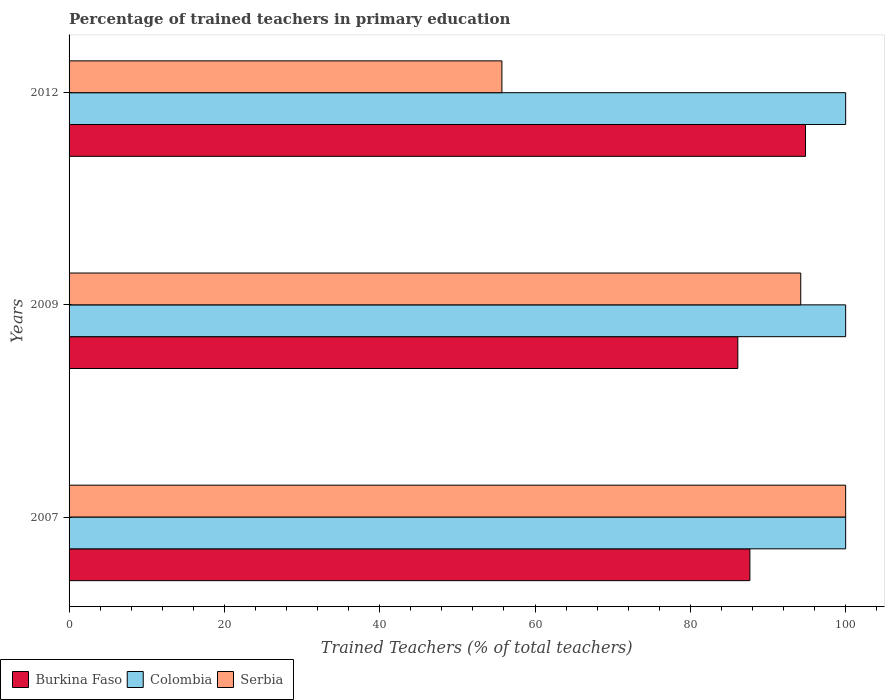
| Years | Burkina Faso | Colombia | Serbia |
 | --- | --- | --- | --- |
 | 2007 | 87.7 | 100 | 100 |
 | 2009 | 86.1 | 100 | 94.2 |
 | 2012 | 94.8 | 100 | 55.7 |